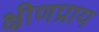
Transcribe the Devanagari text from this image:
क्षीणप्राय